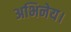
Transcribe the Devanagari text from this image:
अभिनेय।